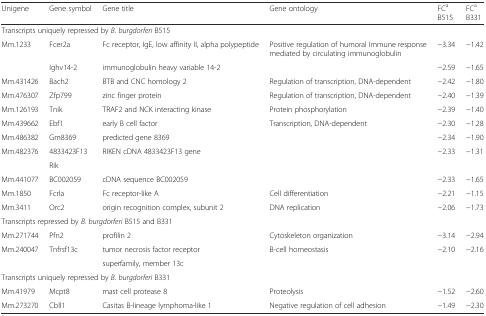
| Unigene | Gene symbol | Gene title | Gene ontology | FCaB515 | FCaB331 |
 | --- | --- | --- | --- | --- | --- |
 | <COLSPAN=6> Transcripts uniquely repressed by B. burgdorferi B515 |
 | Mm.1233 | Fcer2a | Fc receptor, IgE, low affinity II, alpha polypeptide | Positive regulation of humoral Immune response mediated by circulating immunoglobulin | −3.34 | −1.42 |
 |  | Ighv14-2 | immunoglobulin heavy variable 14-2 |  | −2.59 | −1.65 |
 | Mm.431426 | Bach2 | BTB and CNC homology 2 | Regulation of transcription, DNA-dependent | −2.42 | −1.80 |
 | Mm.476307 | Zfp799 | zinc finger protein | Regulation of transcription, DNA-dependent | −2.40 | −1.39 |
 | Mm.126193 | Tnik | TRAF2 and NCK interacting kinase | Protein phosphorylation | −2.39 | −1.40 |
 | Mm.439662 | Ebf1 | early B cell factor | Transcription, DNA-dependent | −2.30 | −1.28 |
 | Mm.486382 | Gm8369 | predicted gene 8369 |  | −2.34 | −1.90 |
 | <ROWSPAN=2> Mm.482376 | 4833423F13 | <ROWSPAN=2> RIKEN cDNA 4833423F13 gene | <ROWSPAN=2>  | <ROWSPAN=2> −2.33 | <ROWSPAN=2> −1.31 |
 | Rik |
 | Mm.441077 | BC002059 | cDNA sequence BC002059 |  | −2.33 | −1.65 |
 | Mm.1850 | Fcrla | Fc receptor-like A | Cell differentiation | −2.21 | −1.15 |
 | Mm.3411 | Orc2 | origin recognition complex, subunit 2 | DNA replication | −2.06 | −1.73 |
 | <COLSPAN=6> Transcripts repressed by B. burgdorferi B515 and B331 |
 | Mm.271744 | Pfn2 | profilin 2 | Cytoskeleton organization | −3.14 | −2.94 |
 | Mm.240047 | Tnfrsf13c | tumor necrosis factor receptor | B-cell homeostasis | −2.10 | −2.16 |
 |  |  | superfamily, member 13c |  |  |  |
 | <COLSPAN=6> Transcripts uniquely repressed by B. burgdorferi B331 |
 | Mm.41979 | Mcpt8 | mast cell protease 8 | Proteolysis | −1.52 | −2.60 |
 | Mm.273270 | Cbll1 | Casitas B-lineage lymphoma-like 1 | Negative regulation of cell adhesion | −1.49 | −2.30 |